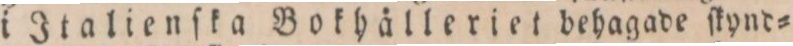
i Italienſka Bokhålleriet behagade ſkynd=